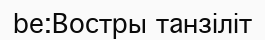
be:Востры танзіліт